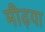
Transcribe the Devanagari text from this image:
मीढ़या